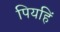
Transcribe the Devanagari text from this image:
पियहिं